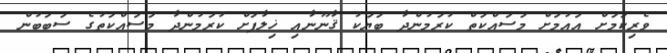
ވެރިކަމަށް އައުމަށް މަސައްކަތް ކުރަމުންދާ ބަޔަކު ޤާނޫނާއި ޚިލާފަށް ކުރަމުންދާ މަސައްކަތުގެ ސަބަބުން